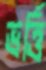
ভর্ত্তি